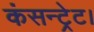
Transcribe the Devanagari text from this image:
कंसन्ट्रेट।